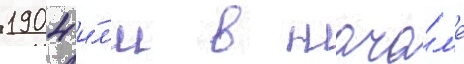
1904 и́л'и в нача́л'е